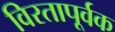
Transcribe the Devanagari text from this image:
विरतापूर्वक